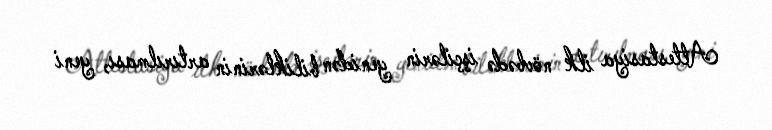
Attestasiya ilk növbədə işçilərin yenidən biliklərinin artırılması, yeni